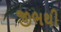
જીભથી